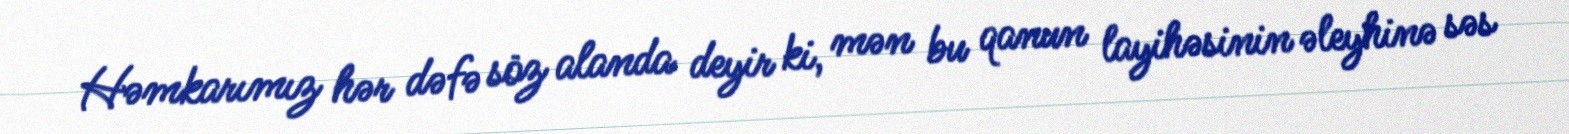
Həmkarımız hər dəfə söz alanda deyir ki, mən bu qanun layihəsinin əleyhinə səs